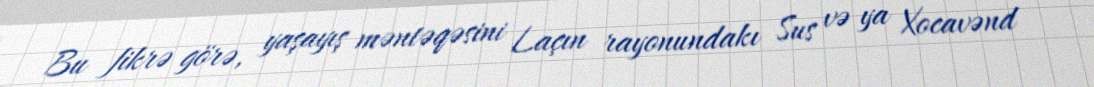
Bu fikrə görə, yaşayış məntəqəsini Laçın rayonundakı Sus və ya Xocavənd